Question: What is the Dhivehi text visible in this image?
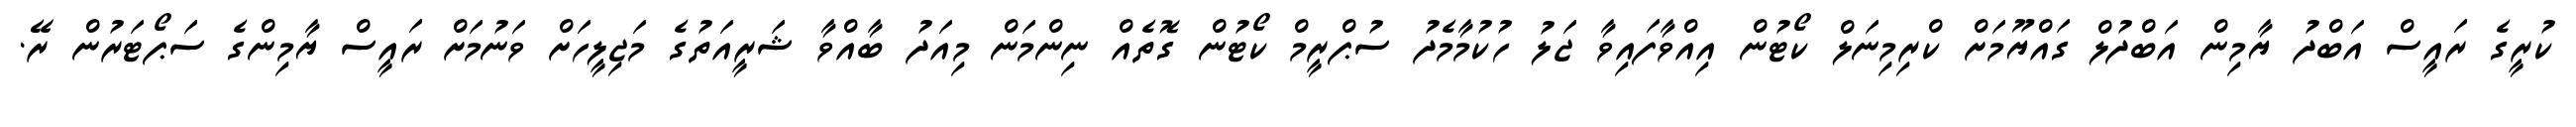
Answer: ކުރީގެ ރައީސް އަބްދު ޔާމިން އަބްދުލް ގައްޔޫމަށް ކްރިމިނަލް ކޯޓުން އިއްވާފައިވާ ޖަލު ހުކުމާމެދު ސުޕްރީމް ކޯޓުން ގޮތެއް ނިންމަން މިއަދު ބާއްވާ ޝަރީއަތުގެ މަޖިލީހަށް ވަނުމަށް ރައީސް ޔާމިންގެ ސަޕޯޓަރުން ރޭ.